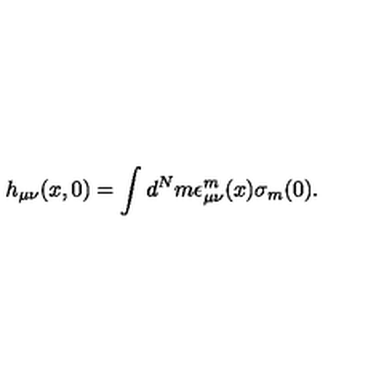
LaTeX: h _ { \mu \nu } ( x , 0 ) = \int d ^ { N } m \epsilon _ { \mu \nu } ^ { m } ( x ) \sigma _ { m } ( 0 ) .